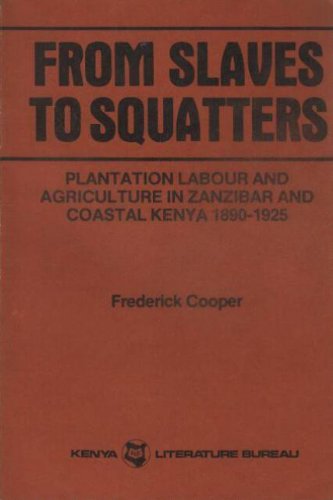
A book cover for From Slaves to Squatters: Plantation Labor and Agriculture in Zanzibar and Coastal Kenya, 1890-1925; Frederick Cooper; Business & Money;